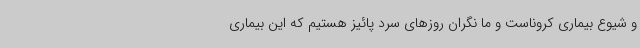
و شیوع بیماری کروناست و ما نگران روزهای سرد پائیز هستیم که این بیماری